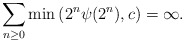
\begin{align*}\sum_{n\geq 0}\min\left(2^n\psi(2^n),c\right)=\infty.\end{align*}